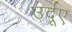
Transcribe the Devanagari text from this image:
उर्दूए